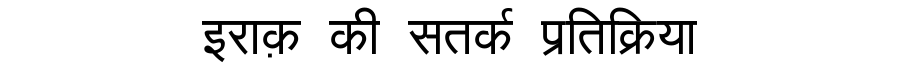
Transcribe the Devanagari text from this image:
इराक़ की सतर्क प्रतिक्रिया